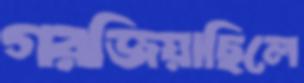
গরজিয়াছিলে